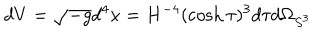
LaTeX: d V = \sqrt { - g } d ^ { 4 } x = H ^ { - 4 } ( \cosh \tau ) ^ { 3 } d \tau d \Omega _ { S ^ { 3 } }